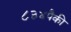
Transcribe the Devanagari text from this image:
८३४पैकी